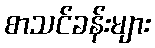
စာသင်ခန်းများ